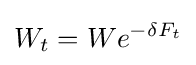
W_{t}=We^{-\delta F_{t}}